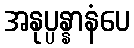
အနုပ္ပန္နာနံပေ